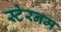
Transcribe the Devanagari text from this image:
स्टेरनम